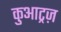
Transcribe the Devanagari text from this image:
कुआट्रज़